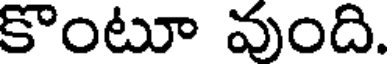
కొంటూ వుంది.